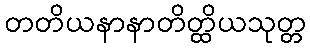
တတိယနာနာတိတ္ထိယသုတ္တ